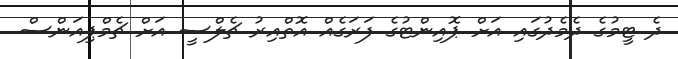
ދެ ޓީމުގެ ދެމެދުގައި އަށް ޕޮއިންޓުގެ ފަރަގެއް އޮތްއިރު ޗެލްސީ އަށް ޗެމްޕިއަންސް